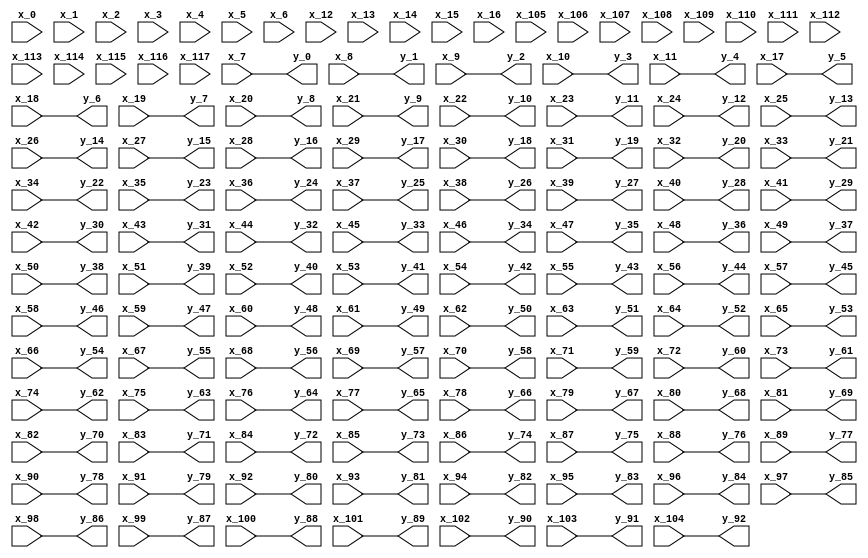
// -------------------------------------------------------------
// 
// 
// Generated by MATLAB 9.0 and HDL Coder 3.8
// 
// -------------------------------------------------------------


// -------------------------------------------------------------
// 
// Module: removeconstantrows
// Source Path: untitled/Pattern Recognition Neural Network/Process Input 1/removeconstantrows
// Hierarchy Level: 2
// 
// -------------------------------------------------------------

`timescale 1 ns / 1 ns

module removeconstantrows
          (
           x_0,
           x_1,
           x_2,
           x_3,
           x_4,
           x_5,
           x_6,
           x_7,
           x_8,
           x_9,
           x_10,
           x_11,
           x_12,
           x_13,
           x_14,
           x_15,
           x_16,
           x_17,
           x_18,
           x_19,
           x_20,
           x_21,
           x_22,
           x_23,
           x_24,
           x_25,
           x_26,
           x_27,
           x_28,
           x_29,
           x_30,
           x_31,
           x_32,
           x_33,
           x_34,
           x_35,
           x_36,
           x_37,
           x_38,
           x_39,
           x_40,
           x_41,
           x_42,
           x_43,
           x_44,
           x_45,
           x_46,
           x_47,
           x_48,
           x_49,
           x_50,
           x_51,
           x_52,
           x_53,
           x_54,
           x_55,
           x_56,
           x_57,
           x_58,
           x_59,
           x_60,
           x_61,
           x_62,
           x_63,
           x_64,
           x_65,
           x_66,
           x_67,
           x_68,
           x_69,
           x_70,
           x_71,
           x_72,
           x_73,
           x_74,
           x_75,
           x_76,
           x_77,
           x_78,
           x_79,
           x_80,
           x_81,
           x_82,
           x_83,
           x_84,
           x_85,
           x_86,
           x_87,
           x_88,
           x_89,
           x_90,
           x_91,
           x_92,
           x_93,
           x_94,
           x_95,
           x_96,
           x_97,
           x_98,
           x_99,
           x_100,
           x_101,
           x_102,
           x_103,
           x_104,
           x_105,
           x_106,
           x_107,
           x_108,
           x_109,
           x_110,
           x_111,
           x_112,
           x_113,
           x_114,
           x_115,
           x_116,
           x_117,
           y_0,
           y_1,
           y_2,
           y_3,
           y_4,
           y_5,
           y_6,
           y_7,
           y_8,
           y_9,
           y_10,
           y_11,
           y_12,
           y_13,
           y_14,
           y_15,
           y_16,
           y_17,
           y_18,
           y_19,
           y_20,
           y_21,
           y_22,
           y_23,
           y_24,
           y_25,
           y_26,
           y_27,
           y_28,
           y_29,
           y_30,
           y_31,
           y_32,
           y_33,
           y_34,
           y_35,
           y_36,
           y_37,
           y_38,
           y_39,
           y_40,
           y_41,
           y_42,
           y_43,
           y_44,
           y_45,
           y_46,
           y_47,
           y_48,
           y_49,
           y_50,
           y_51,
           y_52,
           y_53,
           y_54,
           y_55,
           y_56,
           y_57,
           y_58,
           y_59,
           y_60,
           y_61,
           y_62,
           y_63,
           y_64,
           y_65,
           y_66,
           y_67,
           y_68,
           y_69,
           y_70,
           y_71,
           y_72,
           y_73,
           y_74,
           y_75,
           y_76,
           y_77,
           y_78,
           y_79,
           y_80,
           y_81,
           y_82,
           y_83,
           y_84,
           y_85,
           y_86,
           y_87,
           y_88,
           y_89,
           y_90,
           y_91,
           y_92
          );


  input   [63:0] x_0;  // double
  input   [63:0] x_1;  // double
  input   [63:0] x_2;  // double
  input   [63:0] x_3;  // double
  input   [63:0] x_4;  // double
  input   [63:0] x_5;  // double
  input   [63:0] x_6;  // double
  input   [63:0] x_7;  // double
  input   [63:0] x_8;  // double
  input   [63:0] x_9;  // double
  input   [63:0] x_10;  // double
  input   [63:0] x_11;  // double
  input   [63:0] x_12;  // double
  input   [63:0] x_13;  // double
  input   [63:0] x_14;  // double
  input   [63:0] x_15;  // double
  input   [63:0] x_16;  // double
  input   [63:0] x_17;  // double
  input   [63:0] x_18;  // double
  input   [63:0] x_19;  // double
  input   [63:0] x_20;  // double
  input   [63:0] x_21;  // double
  input   [63:0] x_22;  // double
  input   [63:0] x_23;  // double
  input   [63:0] x_24;  // double
  input   [63:0] x_25;  // double
  input   [63:0] x_26;  // double
  input   [63:0] x_27;  // double
  input   [63:0] x_28;  // double
  input   [63:0] x_29;  // double
  input   [63:0] x_30;  // double
  input   [63:0] x_31;  // double
  input   [63:0] x_32;  // double
  input   [63:0] x_33;  // double
  input   [63:0] x_34;  // double
  input   [63:0] x_35;  // double
  input   [63:0] x_36;  // double
  input   [63:0] x_37;  // double
  input   [63:0] x_38;  // double
  input   [63:0] x_39;  // double
  input   [63:0] x_40;  // double
  input   [63:0] x_41;  // double
  input   [63:0] x_42;  // double
  input   [63:0] x_43;  // double
  input   [63:0] x_44;  // double
  input   [63:0] x_45;  // double
  input   [63:0] x_46;  // double
  input   [63:0] x_47;  // double
  input   [63:0] x_48;  // double
  input   [63:0] x_49;  // double
  input   [63:0] x_50;  // double
  input   [63:0] x_51;  // double
  input   [63:0] x_52;  // double
  input   [63:0] x_53;  // double
  input   [63:0] x_54;  // double
  input   [63:0] x_55;  // double
  input   [63:0] x_56;  // double
  input   [63:0] x_57;  // double
  input   [63:0] x_58;  // double
  input   [63:0] x_59;  // double
  input   [63:0] x_60;  // double
  input   [63:0] x_61;  // double
  input   [63:0] x_62;  // double
  input   [63:0] x_63;  // double
  input   [63:0] x_64;  // double
  input   [63:0] x_65;  // double
  input   [63:0] x_66;  // double
  input   [63:0] x_67;  // double
  input   [63:0] x_68;  // double
  input   [63:0] x_69;  // double
  input   [63:0] x_70;  // double
  input   [63:0] x_71;  // double
  input   [63:0] x_72;  // double
  input   [63:0] x_73;  // double
  input   [63:0] x_74;  // double
  input   [63:0] x_75;  // double
  input   [63:0] x_76;  // double
  input   [63:0] x_77;  // double
  input   [63:0] x_78;  // double
  input   [63:0] x_79;  // double
  input   [63:0] x_80;  // double
  input   [63:0] x_81;  // double
  input   [63:0] x_82;  // double
  input   [63:0] x_83;  // double
  input   [63:0] x_84;  // double
  input   [63:0] x_85;  // double
  input   [63:0] x_86;  // double
  input   [63:0] x_87;  // double
  input   [63:0] x_88;  // double
  input   [63:0] x_89;  // double
  input   [63:0] x_90;  // double
  input   [63:0] x_91;  // double
  input   [63:0] x_92;  // double
  input   [63:0] x_93;  // double
  input   [63:0] x_94;  // double
  input   [63:0] x_95;  // double
  input   [63:0] x_96;  // double
  input   [63:0] x_97;  // double
  input   [63:0] x_98;  // double
  input   [63:0] x_99;  // double
  input   [63:0] x_100;  // double
  input   [63:0] x_101;  // double
  input   [63:0] x_102;  // double
  input   [63:0] x_103;  // double
  input   [63:0] x_104;  // double
  input   [63:0] x_105;  // double
  input   [63:0] x_106;  // double
  input   [63:0] x_107;  // double
  input   [63:0] x_108;  // double
  input   [63:0] x_109;  // double
  input   [63:0] x_110;  // double
  input   [63:0] x_111;  // double
  input   [63:0] x_112;  // double
  input   [63:0] x_113;  // double
  input   [63:0] x_114;  // double
  input   [63:0] x_115;  // double
  input   [63:0] x_116;  // double
  input   [63:0] x_117;  // double
  output  [63:0] y_0;  // double
  output  [63:0] y_1;  // double
  output  [63:0] y_2;  // double
  output  [63:0] y_3;  // double
  output  [63:0] y_4;  // double
  output  [63:0] y_5;  // double
  output  [63:0] y_6;  // double
  output  [63:0] y_7;  // double
  output  [63:0] y_8;  // double
  output  [63:0] y_9;  // double
  output  [63:0] y_10;  // double
  output  [63:0] y_11;  // double
  output  [63:0] y_12;  // double
  output  [63:0] y_13;  // double
  output  [63:0] y_14;  // double
  output  [63:0] y_15;  // double
  output  [63:0] y_16;  // double
  output  [63:0] y_17;  // double
  output  [63:0] y_18;  // double
  output  [63:0] y_19;  // double
  output  [63:0] y_20;  // double
  output  [63:0] y_21;  // double
  output  [63:0] y_22;  // double
  output  [63:0] y_23;  // double
  output  [63:0] y_24;  // double
  output  [63:0] y_25;  // double
  output  [63:0] y_26;  // double
  output  [63:0] y_27;  // double
  output  [63:0] y_28;  // double
  output  [63:0] y_29;  // double
  output  [63:0] y_30;  // double
  output  [63:0] y_31;  // double
  output  [63:0] y_32;  // double
  output  [63:0] y_33;  // double
  output  [63:0] y_34;  // double
  output  [63:0] y_35;  // double
  output  [63:0] y_36;  // double
  output  [63:0] y_37;  // double
  output  [63:0] y_38;  // double
  output  [63:0] y_39;  // double
  output  [63:0] y_40;  // double
  output  [63:0] y_41;  // double
  output  [63:0] y_42;  // double
  output  [63:0] y_43;  // double
  output  [63:0] y_44;  // double
  output  [63:0] y_45;  // double
  output  [63:0] y_46;  // double
  output  [63:0] y_47;  // double
  output  [63:0] y_48;  // double
  output  [63:0] y_49;  // double
  output  [63:0] y_50;  // double
  output  [63:0] y_51;  // double
  output  [63:0] y_52;  // double
  output  [63:0] y_53;  // double
  output  [63:0] y_54;  // double
  output  [63:0] y_55;  // double
  output  [63:0] y_56;  // double
  output  [63:0] y_57;  // double
  output  [63:0] y_58;  // double
  output  [63:0] y_59;  // double
  output  [63:0] y_60;  // double
  output  [63:0] y_61;  // double
  output  [63:0] y_62;  // double
  output  [63:0] y_63;  // double
  output  [63:0] y_64;  // double
  output  [63:0] y_65;  // double
  output  [63:0] y_66;  // double
  output  [63:0] y_67;  // double
  output  [63:0] y_68;  // double
  output  [63:0] y_69;  // double
  output  [63:0] y_70;  // double
  output  [63:0] y_71;  // double
  output  [63:0] y_72;  // double
  output  [63:0] y_73;  // double
  output  [63:0] y_74;  // double
  output  [63:0] y_75;  // double
  output  [63:0] y_76;  // double
  output  [63:0] y_77;  // double
  output  [63:0] y_78;  // double
  output  [63:0] y_79;  // double
  output  [63:0] y_80;  // double
  output  [63:0] y_81;  // double
  output  [63:0] y_82;  // double
  output  [63:0] y_83;  // double
  output  [63:0] y_84;  // double
  output  [63:0] y_85;  // double
  output  [63:0] y_86;  // double
  output  [63:0] y_87;  // double
  output  [63:0] y_88;  // double
  output  [63:0] y_89;  // double
  output  [63:0] y_90;  // double
  output  [63:0] y_91;  // double
  output  [63:0] y_92;  // double




  assign y_0 = x_7;

  assign y_1 = x_8;

  assign y_2 = x_9;

  assign y_3 = x_10;

  assign y_4 = x_11;

  assign y_5 = x_17;

  assign y_6 = x_18;

  assign y_7 = x_19;

  assign y_8 = x_20;

  assign y_9 = x_21;

  assign y_10 = x_22;

  assign y_11 = x_23;

  assign y_12 = x_24;

  assign y_13 = x_25;

  assign y_14 = x_26;

  assign y_15 = x_27;

  assign y_16 = x_28;

  assign y_17 = x_29;

  assign y_18 = x_30;

  assign y_19 = x_31;

  assign y_20 = x_32;

  assign y_21 = x_33;

  assign y_22 = x_34;

  assign y_23 = x_35;

  assign y_24 = x_36;

  assign y_25 = x_37;

  assign y_26 = x_38;

  assign y_27 = x_39;

  assign y_28 = x_40;

  assign y_29 = x_41;

  assign y_30 = x_42;

  assign y_31 = x_43;

  assign y_32 = x_44;

  assign y_33 = x_45;

  assign y_34 = x_46;

  assign y_35 = x_47;

  assign y_36 = x_48;

  assign y_37 = x_49;

  assign y_38 = x_50;

  assign y_39 = x_51;

  assign y_40 = x_52;

  assign y_41 = x_53;

  assign y_42 = x_54;

  assign y_43 = x_55;

  assign y_44 = x_56;

  assign y_45 = x_57;

  assign y_46 = x_58;

  assign y_47 = x_59;

  assign y_48 = x_60;

  assign y_49 = x_61;

  assign y_50 = x_62;

  assign y_51 = x_63;

  assign y_52 = x_64;

  assign y_53 = x_65;

  assign y_54 = x_66;

  assign y_55 = x_67;

  assign y_56 = x_68;

  assign y_57 = x_69;

  assign y_58 = x_70;

  assign y_59 = x_71;

  assign y_60 = x_72;

  assign y_61 = x_73;

  assign y_62 = x_74;

  assign y_63 = x_75;

  assign y_64 = x_76;

  assign y_65 = x_77;

  assign y_66 = x_78;

  assign y_67 = x_79;

  assign y_68 = x_80;

  assign y_69 = x_81;

  assign y_70 = x_82;

  assign y_71 = x_83;

  assign y_72 = x_84;

  assign y_73 = x_85;

  assign y_74 = x_86;

  assign y_75 = x_87;

  assign y_76 = x_88;

  assign y_77 = x_89;

  assign y_78 = x_90;

  assign y_79 = x_91;

  assign y_80 = x_92;

  assign y_81 = x_93;

  assign y_82 = x_94;

  assign y_83 = x_95;

  assign y_84 = x_96;

  assign y_85 = x_97;

  assign y_86 = x_98;

  assign y_87 = x_99;

  assign y_88 = x_100;

  assign y_89 = x_101;

  assign y_90 = x_102;

  assign y_91 = x_103;

  assign y_92 = x_104;

endmodule  // removeconstantrows